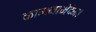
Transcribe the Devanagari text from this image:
कामनाभेदेन।